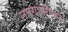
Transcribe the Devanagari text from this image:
लएगइगिक्ता